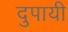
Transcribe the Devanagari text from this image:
दुपायी